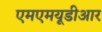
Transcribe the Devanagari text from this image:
एमएमयूडीआर